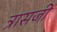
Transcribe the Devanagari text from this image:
त्रासजी